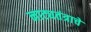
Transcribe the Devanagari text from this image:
नाट्यतंत्राचे